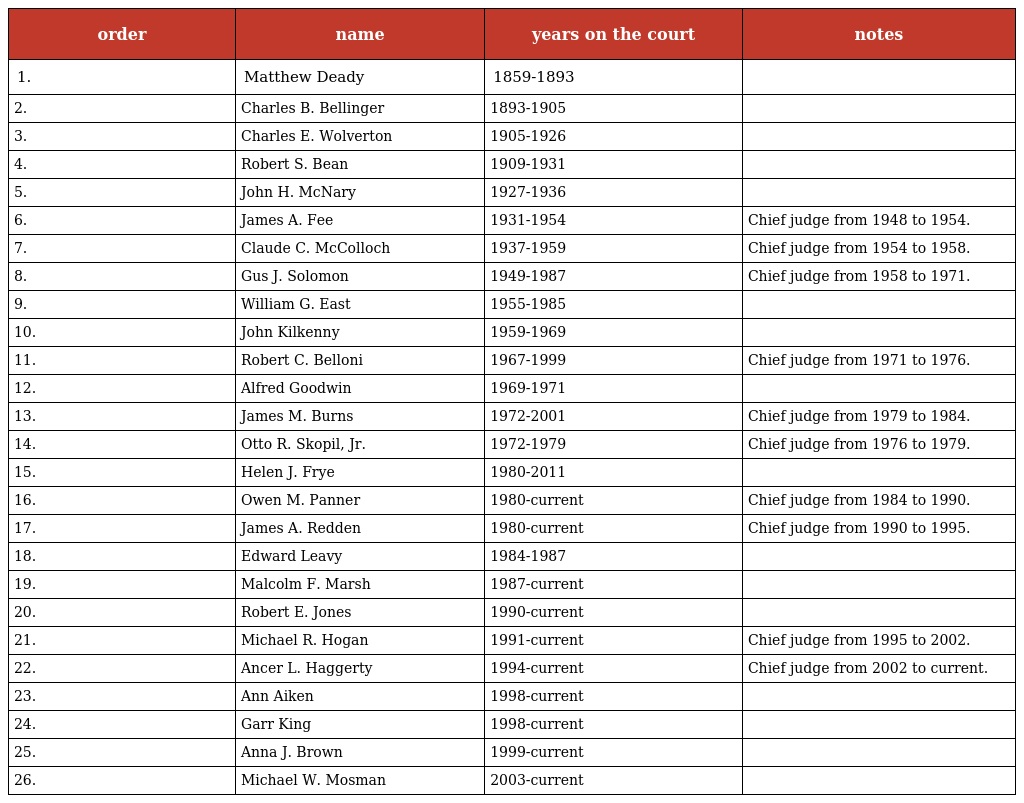
| order | name | years on the court | notes |
 | --- | --- | --- | --- |
 | 1. | Matthew Deady | 1859-1893 |  |
 | 2. | Charles B. Bellinger | 1893-1905 |  |
 | 3. | Charles E. Wolverton | 1905-1926 |  |
 | 4. | Robert S. Bean | 1909-1931 |  |
 | 5. | John H. McNary | 1927-1936 |  |
 | 6. | James A. Fee | 1931-1954 | Chief judge from 1948 to 1954. |
 | 7. | Claude C. McColloch | 1937-1959 | Chief judge from 1954 to 1958. |
 | 8. | Gus J. Solomon | 1949-1987 | Chief judge from 1958 to 1971. |
 | 9. | William G. East | 1955-1985 |  |
 | 10. | John Kilkenny | 1959-1969 |  |
 | 11. | Robert C. Belloni | 1967-1999 | Chief judge from 1971 to 1976. |
 | 12. | Alfred Goodwin | 1969-1971 |  |
 | 13. | James M. Burns | 1972-2001 | Chief judge from 1979 to 1984. |
 | 14. | Otto R. Skopil, Jr. | 1972-1979 | Chief judge from 1976 to 1979. |
 | 15. | Helen J. Frye | 1980-2011 |  |
 | 16. | Owen M. Panner | 1980-current | Chief judge from 1984 to 1990. |
 | 17. | James A. Redden | 1980-current | Chief judge from 1990 to 1995. |
 | 18. | Edward Leavy | 1984-1987 |  |
 | 19. | Malcolm F. Marsh | 1987-current |  |
 | 20. | Robert E. Jones | 1990-current |  |
 | 21. | Michael R. Hogan | 1991-current | Chief judge from 1995 to 2002. |
 | 22. | Ancer L. Haggerty | 1994-current | Chief judge from 2002 to current. |
 | 23. | Ann Aiken | 1998-current |  |
 | 24. | Garr King | 1998-current |  |
 | 25. | Anna J. Brown | 1999-current |  |
 | 26. | Michael W. Mosman | 2003-current |  |